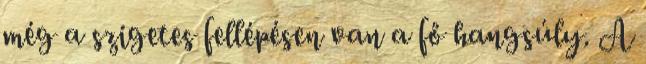
még a szigetes fellépésen van a fő hangsúly. A